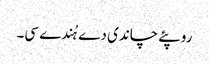
روپئے چاندی دے ہُندے سی۔